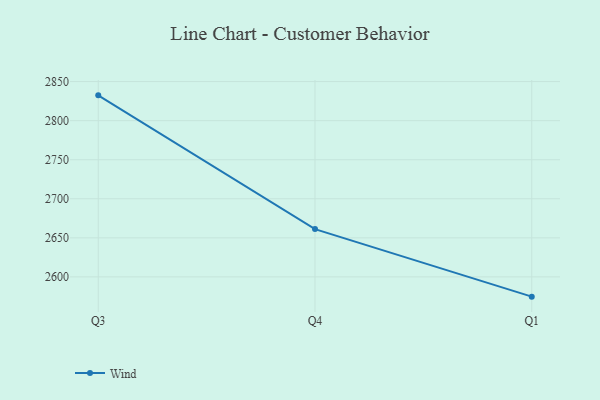
{"axis": {"x": "Quarter", "y": "Page Views"}, "legend": ["Wind"], "data": [{"x": "Q3", "y": 2832.4, "type": "Wind"}, {"x": "Q4", "y": 2661.2, "type": "Wind"}, {"x": "Q1", "y": 2574.7, "type": "Wind"}]}